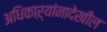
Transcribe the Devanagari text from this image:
अधिकाऱ्यांनादेखील